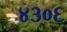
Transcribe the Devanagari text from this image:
४३०६